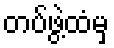
တပ်ဖွဲ့ထံမှ